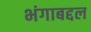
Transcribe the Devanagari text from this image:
भंगाबद्दल